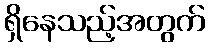
ရှိနေသည့်အတွက်